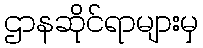
ဌာနဆိုင်ရာများမှ